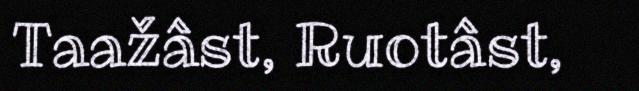
Taažâst, Ruotâst,